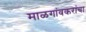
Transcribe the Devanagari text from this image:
माळगांवकरांचा